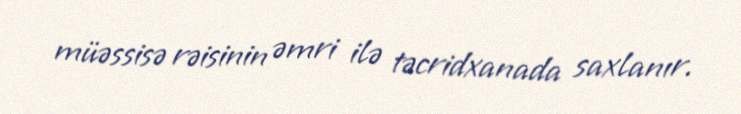
müəssisə rəisinin əmri ilə təcridxanada saxlanır.